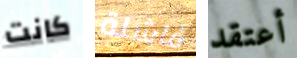
كانت فاشلة أعتقد